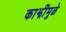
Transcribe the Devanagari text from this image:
काझींमुळे